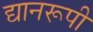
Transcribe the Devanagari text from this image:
द्यानरूपी